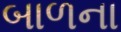
બાળના